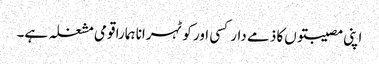
اپنی مصیبتوں‌کا ذمے دار کسی اور کو ٹہرانا ہمارا قومی مشغلہ ہے۔